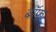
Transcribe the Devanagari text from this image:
बाॅफ